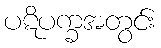
ပဋိပက္ခအတွင်း